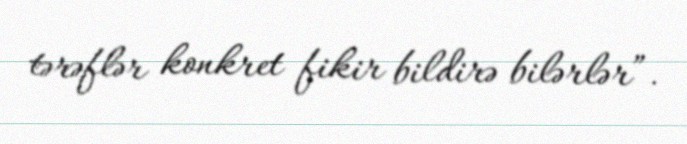
tərəflər konkret fikir bildirə bilərlər”.